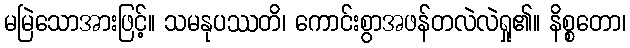
မမြဲသောအားဖြင့်။ သမနုပဿတိ၊ ကောင်းစွာအဖန်တလဲလဲရှု၏။ နိစ္စတော၊